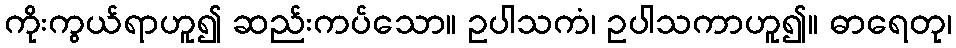
ကိုးကွယ်ရာဟူ၍ ဆည်းကပ်သော။ ဥပါသကံ၊ ဥပါသကာဟူ၍။ ဓာရေတု၊